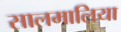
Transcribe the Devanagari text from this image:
सालमालिया